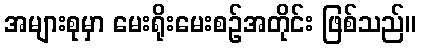
အများစုမှာ မေးရိုးမေးစဉ်အတိုင်း ဖြစ်သည်။